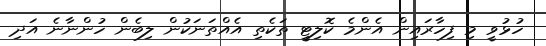
ހުޅުވީ މި ފިހާރައިން އެންމެ ކޮލިޓީ ތަކެތި އެއްތަނަކުން ލިބެން ހުންނާނެ އަދި